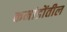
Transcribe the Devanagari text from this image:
कमांडोंतील